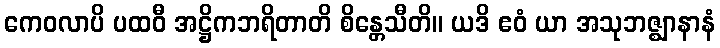
ကေဝလာပိ ပထဝီ အဋ္ဌိကဘရိတာတိ စိန္တေသီတိ။ ယဒိ ဧဝံ ယာ အသုဘဇ္ဈာနာနံ